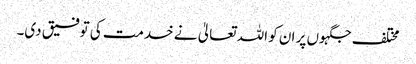
مختلف جگہوں پر ان کو اللہ تعالیٰ نے خدمت کی توفیق دی۔